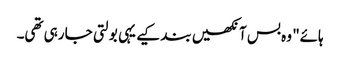
ہائے" وہ بس آنکھیں بند کیے یہی بولتی جا رہی تھی۔